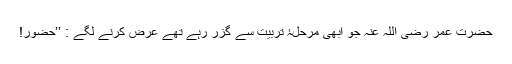
حضرت عمر رضی اللہ عنہ جو ابھی مرحلۂ تربیت سے گزر رہے تھے عرض کرنے لگے : ’’حضور!